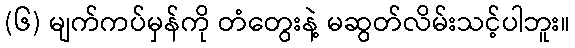
(၆) မျက်ကပ်မှန်ကို တံတွေးနဲ့ မဆွတ်လိမ်းသင့်ပါဘူး။